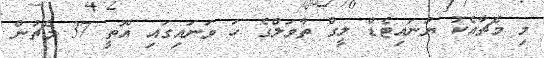
މި މެޗާއެކު ޔުނައިޓެޑް ލީގް ތާވަލްގެ ހަ ވަނައިގައި އޮތީ 37 މެޗުން